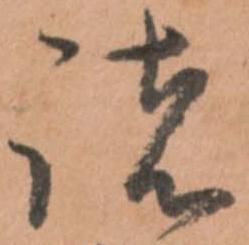
諸